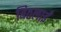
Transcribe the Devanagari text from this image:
बिठलाईं